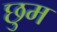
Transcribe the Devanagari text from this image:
छुम